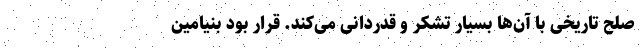
صلح تاریخی با آن‌ها بسیار تشکر و قدردانی می‌کند. قرار بود بنیامین